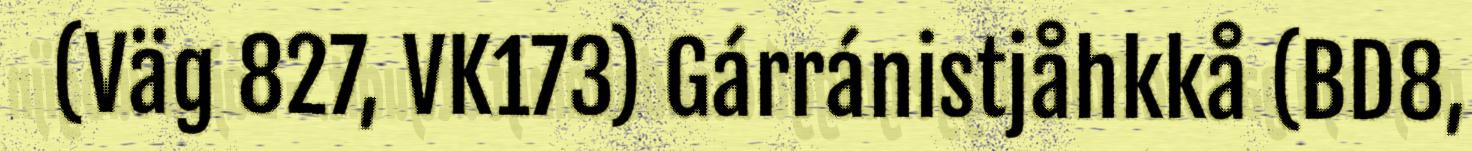
(Väg 827, VK173) Gárránistjåhkkå (BD8,